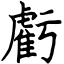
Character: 虧